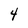
Character: 4